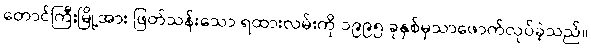
တောင်ကြီးမြို့အား ဖြတ်သန်းသော ရထားလမ်းကို ၁၉၉၅ ခုနှစ်မှသာဖောက်လုပ်ခဲ့သည်။